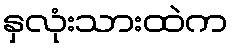
နှလုံးသားထဲက